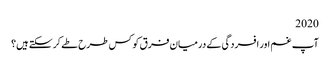
2020
آپ غم اور افسردگی کے درمیان فرق کو کس طرح طے کرسکتے ہیں؟